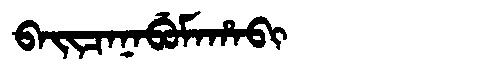
Manchu: ᠪᠠᡳᠴᠠᠨᠠᠪᡠᠮᠠᡥᠠᠪᡳ
Romanization: BAICANABUMAHABI